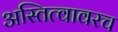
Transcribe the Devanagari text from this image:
अस्तित्वावरच